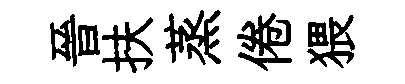
晉扶蒸倦猥